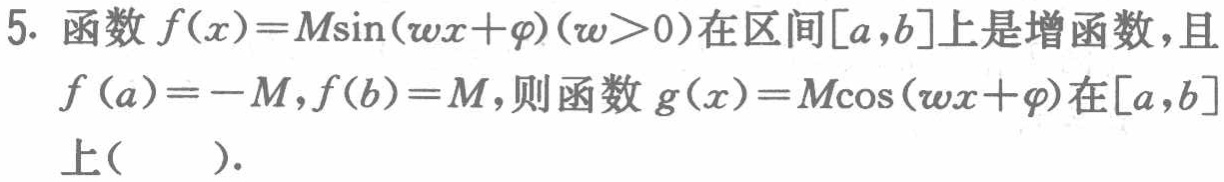
5. 函数$f(x)=M\sin(\omega x + \varphi)(\omega>0)$在区间$[a,b]$上是增函数，且$f(a)=-M,f(b)=M$，则函数$g(x)=M\cos(\omega x + \varphi)$在$[a,b]$上(  ).